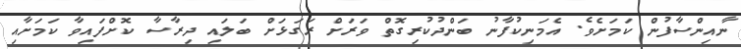
ނާއިންސާފުން ކަމަށެވެ. އެމަނިކުފާނު ބަންދުކުރިގޮތް ވަރަށް ރަގަޅަށް ބަލައި ދިރާސާ ކޮށްފައިވާ ކަމަށާއި